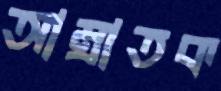
আম্রাতক